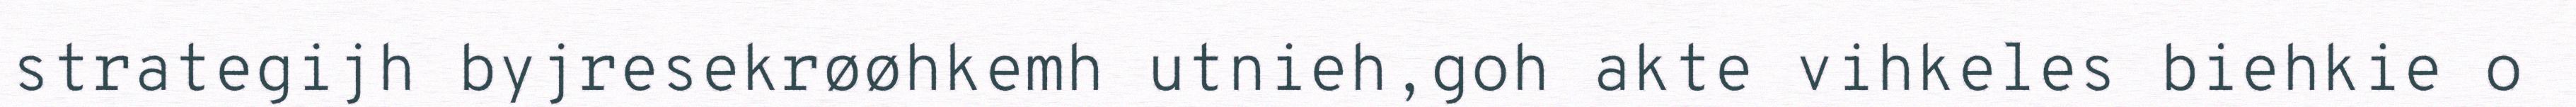
strategijh byjresekrøøhkemh utnieh,goh akte vihkeles biehkie o